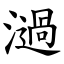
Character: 濄